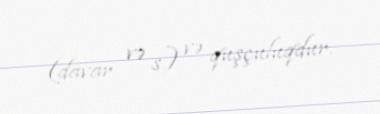
(davar və s.) və quşçuluqdur.